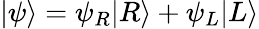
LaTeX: |\psi\rangle=\psi_{R}|R\rangle+\psi_{L}|L\rangle